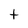
Character: t